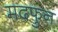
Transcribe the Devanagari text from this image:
मदफुन